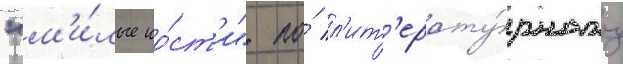
"м'и́лые ко́ст'и" по́ л'ит'ерату́рному